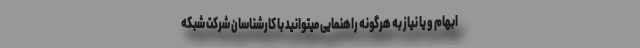
ابهام و یا نیاز به هرگونه راهنمایی میتوانید با کارشناسان شرکت شبکه